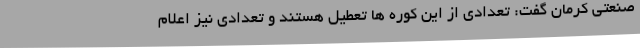
صنعتی کرمان گفت: تعدادی از این کوره ها تعطیل هستند و تعدادی نیز اعلام